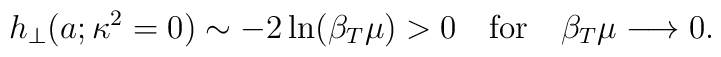
h_{\perp}(a;\kappa^2=0) \sim - 2 \ln(\beta_T\mu)>0 \quad \mbox{for} \quad\beta_T\mu\longrightarrow 0.